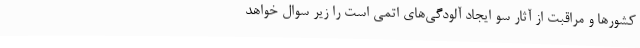
کشورها و مراقبت از آثار سو ایجاد آلودگی‌های اتمی است را زیر سوال خواهد